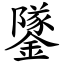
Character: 鐆